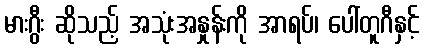
မားဂွီး ဆိုသည့် အသုံးအနှုန်းကို အာရပ်၊ ပေါ်တူဂီနှင့်